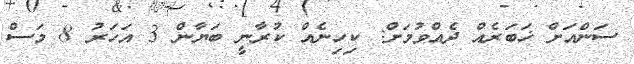
ސަންއަށް ޚަބަރެއް ދެއްވުމަށް: ކިހިނެއް ކުރާނީ ބަޔާން 3 އަހަރު 8 މަސް